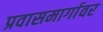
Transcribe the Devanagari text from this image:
प्रवासमार्गावर